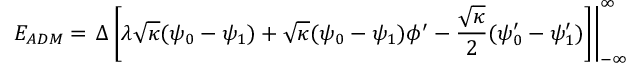
E _ { A D M } = \left. { \Delta } \left[ { \lambda } \sqrt { \kappa } ( { \psi } _ { 0 } - { \psi } _ { 1 } ) + \sqrt { \kappa } ( { \psi } _ { 0 } - { \psi } _ { 1 } ) { \phi } ^ { \prime } - \frac { \sqrt { \kappa } } { 2 } ( { \psi } _ { 0 } ^ { \prime } - { \psi } _ { 1 } ^ { \prime } ) \right] \right| _ { - \infty } ^ { \infty }